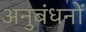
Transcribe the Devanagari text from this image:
अनुबंधनों